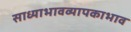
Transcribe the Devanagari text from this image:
साध्याभावव्यापकाभाव